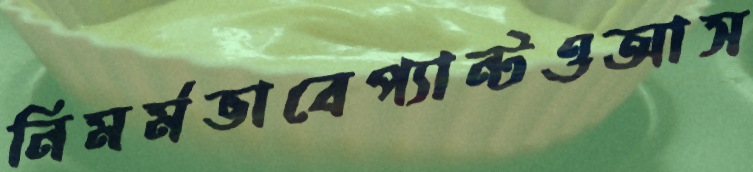
নিমর্মভাবেপ্যান্টওআস